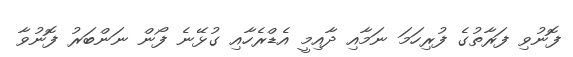
ފޮނުވި ފަރާތުގެ ފުރިހަމަ ނަމާއި ދާއިމީ އެޑްރެހާއި ގުޅޭނެ ފޯން ނަންބަރު ފޮނުވާ